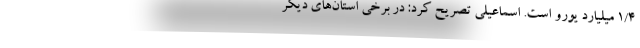
۱/۴ میلیارد یورو است. اسماعیلی تصریح کرد: در برخی استان‌های دیگر